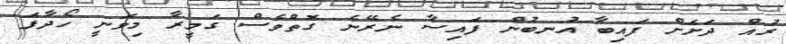
ރުއް ދަށަށް ފައިބާ އުނބުން ފައިސާ ނެރޭނެ ގޮތްވެސް ގަމީރާ މިވަނީ ހޯދާފަ